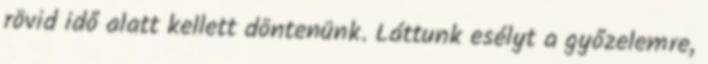
rövid idő alatt kellett döntenünk. Láttunk esélyt a győzelemre,